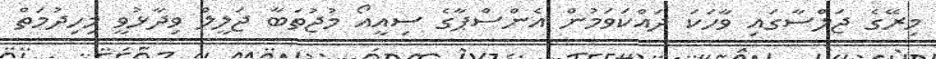
މިރޭގެ ޖަލްސާގައި ވާހަކަ ދައްކަވަމުން އެންސްޕާގެ ސިއީއޯ މުޖުތަބާ ޖަލީލް ވިދާޅުވީ މިހިދުމަތް